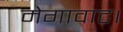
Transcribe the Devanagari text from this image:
मेगावाट।